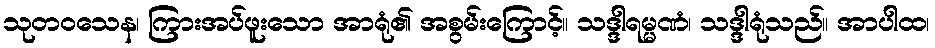
သုတဝသေန၊ ကြားအပ်ဖူးသော အာရုံ၏ အစွမ်းကြောင့်။ သဒ္ဒါရမ္မဏံ၊ သဒ္ဒါရုံသည်။ အာပါထ၊